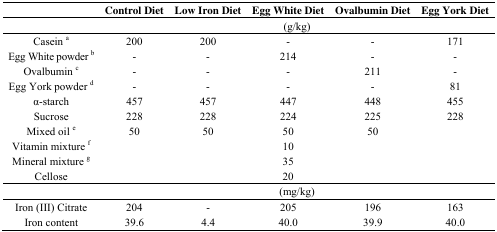
<table><thead><tr><td></td><td><b>Control Diet</b></td><td><b>Low Iron Diet</b></td><td><b>Egg White Diet</b></td><td><b>Ovalbumin Diet</b></td><td><b>Egg York Diet</b></td></tr></thead><tbody><tr><td></td><td colspan="5">(g/kg)</td></tr><tr><td>Casein <sup>a</sup></td><td>200</td><td>200</td><td>-</td><td>-</td><td>171</td></tr><tr><td>Egg White powder <sup>b</sup></td><td>-</td><td>-</td><td>214</td><td>-</td><td>-</td></tr><tr><td>Ovalbumin <sup>c</sup></td><td>-</td><td>-</td><td>-</td><td>211</td><td>-</td></tr><tr><td>Egg York powder <sup>d</sup></td><td>-</td><td>-</td><td>-</td><td>-</td><td>81</td></tr><tr><td>α-starch</td><td>457</td><td>457</td><td>447</td><td>448</td><td>455</td></tr><tr><td>Sucrose</td><td>228</td><td>228</td><td>224</td><td>225</td><td>228</td></tr><tr><td>Mixed oil <sup>e</sup></td><td>50</td><td>50</td><td>50</td><td>50</td><td></td></tr><tr><td>Vitamin mixture <sup>f</sup></td><td></td><td></td><td>10</td><td></td><td></td></tr><tr><td>Mineral mixture <sup>g</sup></td><td></td><td></td><td>35</td><td></td><td></td></tr><tr><td>Cellose</td><td></td><td></td><td>20</td><td></td><td></td></tr><tr><td></td><td colspan="5">(mg/kg)</td></tr><tr><td>Iron (III) Citrate</td><td>204</td><td>-</td><td>205</td><td>196</td><td>163</td></tr><tr><td>Iron content</td><td>39.6</td><td>4.4</td><td>40.0</td><td>39.9</td><td>40.0</td></tr></tbody></table>